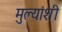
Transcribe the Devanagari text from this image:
मुल्यांशी